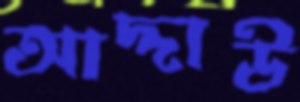
আদ্দাউ